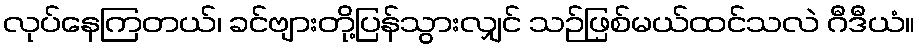
လုပ်နေကြတယ်၊ ခင်ဗျားတို့ပြန်သွားလျှင် သဉ်ဖြစ်မယ်ထင်သလဲ ဂီဒီယံ။